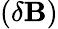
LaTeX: (\delta\mathbf{B})